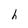
Character: h